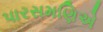
પારસમણિએ